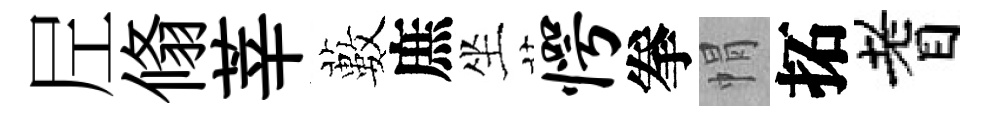
𡰱翛莘藪庶坐愕拳㡌拓耆